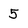
Character: 5